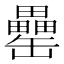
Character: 罍